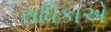
રાધિકાએ